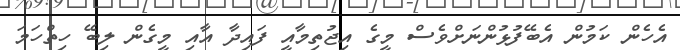
އެހެން ކަމުން އެބޭފުޅުންނަށްވެސް މީގެ އިޖުތިމާއީ ފައިދާ އާއި މީގެން ލިބޭ ހިތްހަމަ